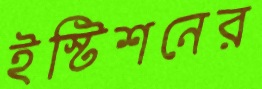
ইস্টিশনের